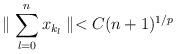
LaTeX: \begin{align*} \parallel \sum\limits_{l=0}^{n} x_{k_{l}} \parallel < C(n+1)^{1/p} \end{align*}